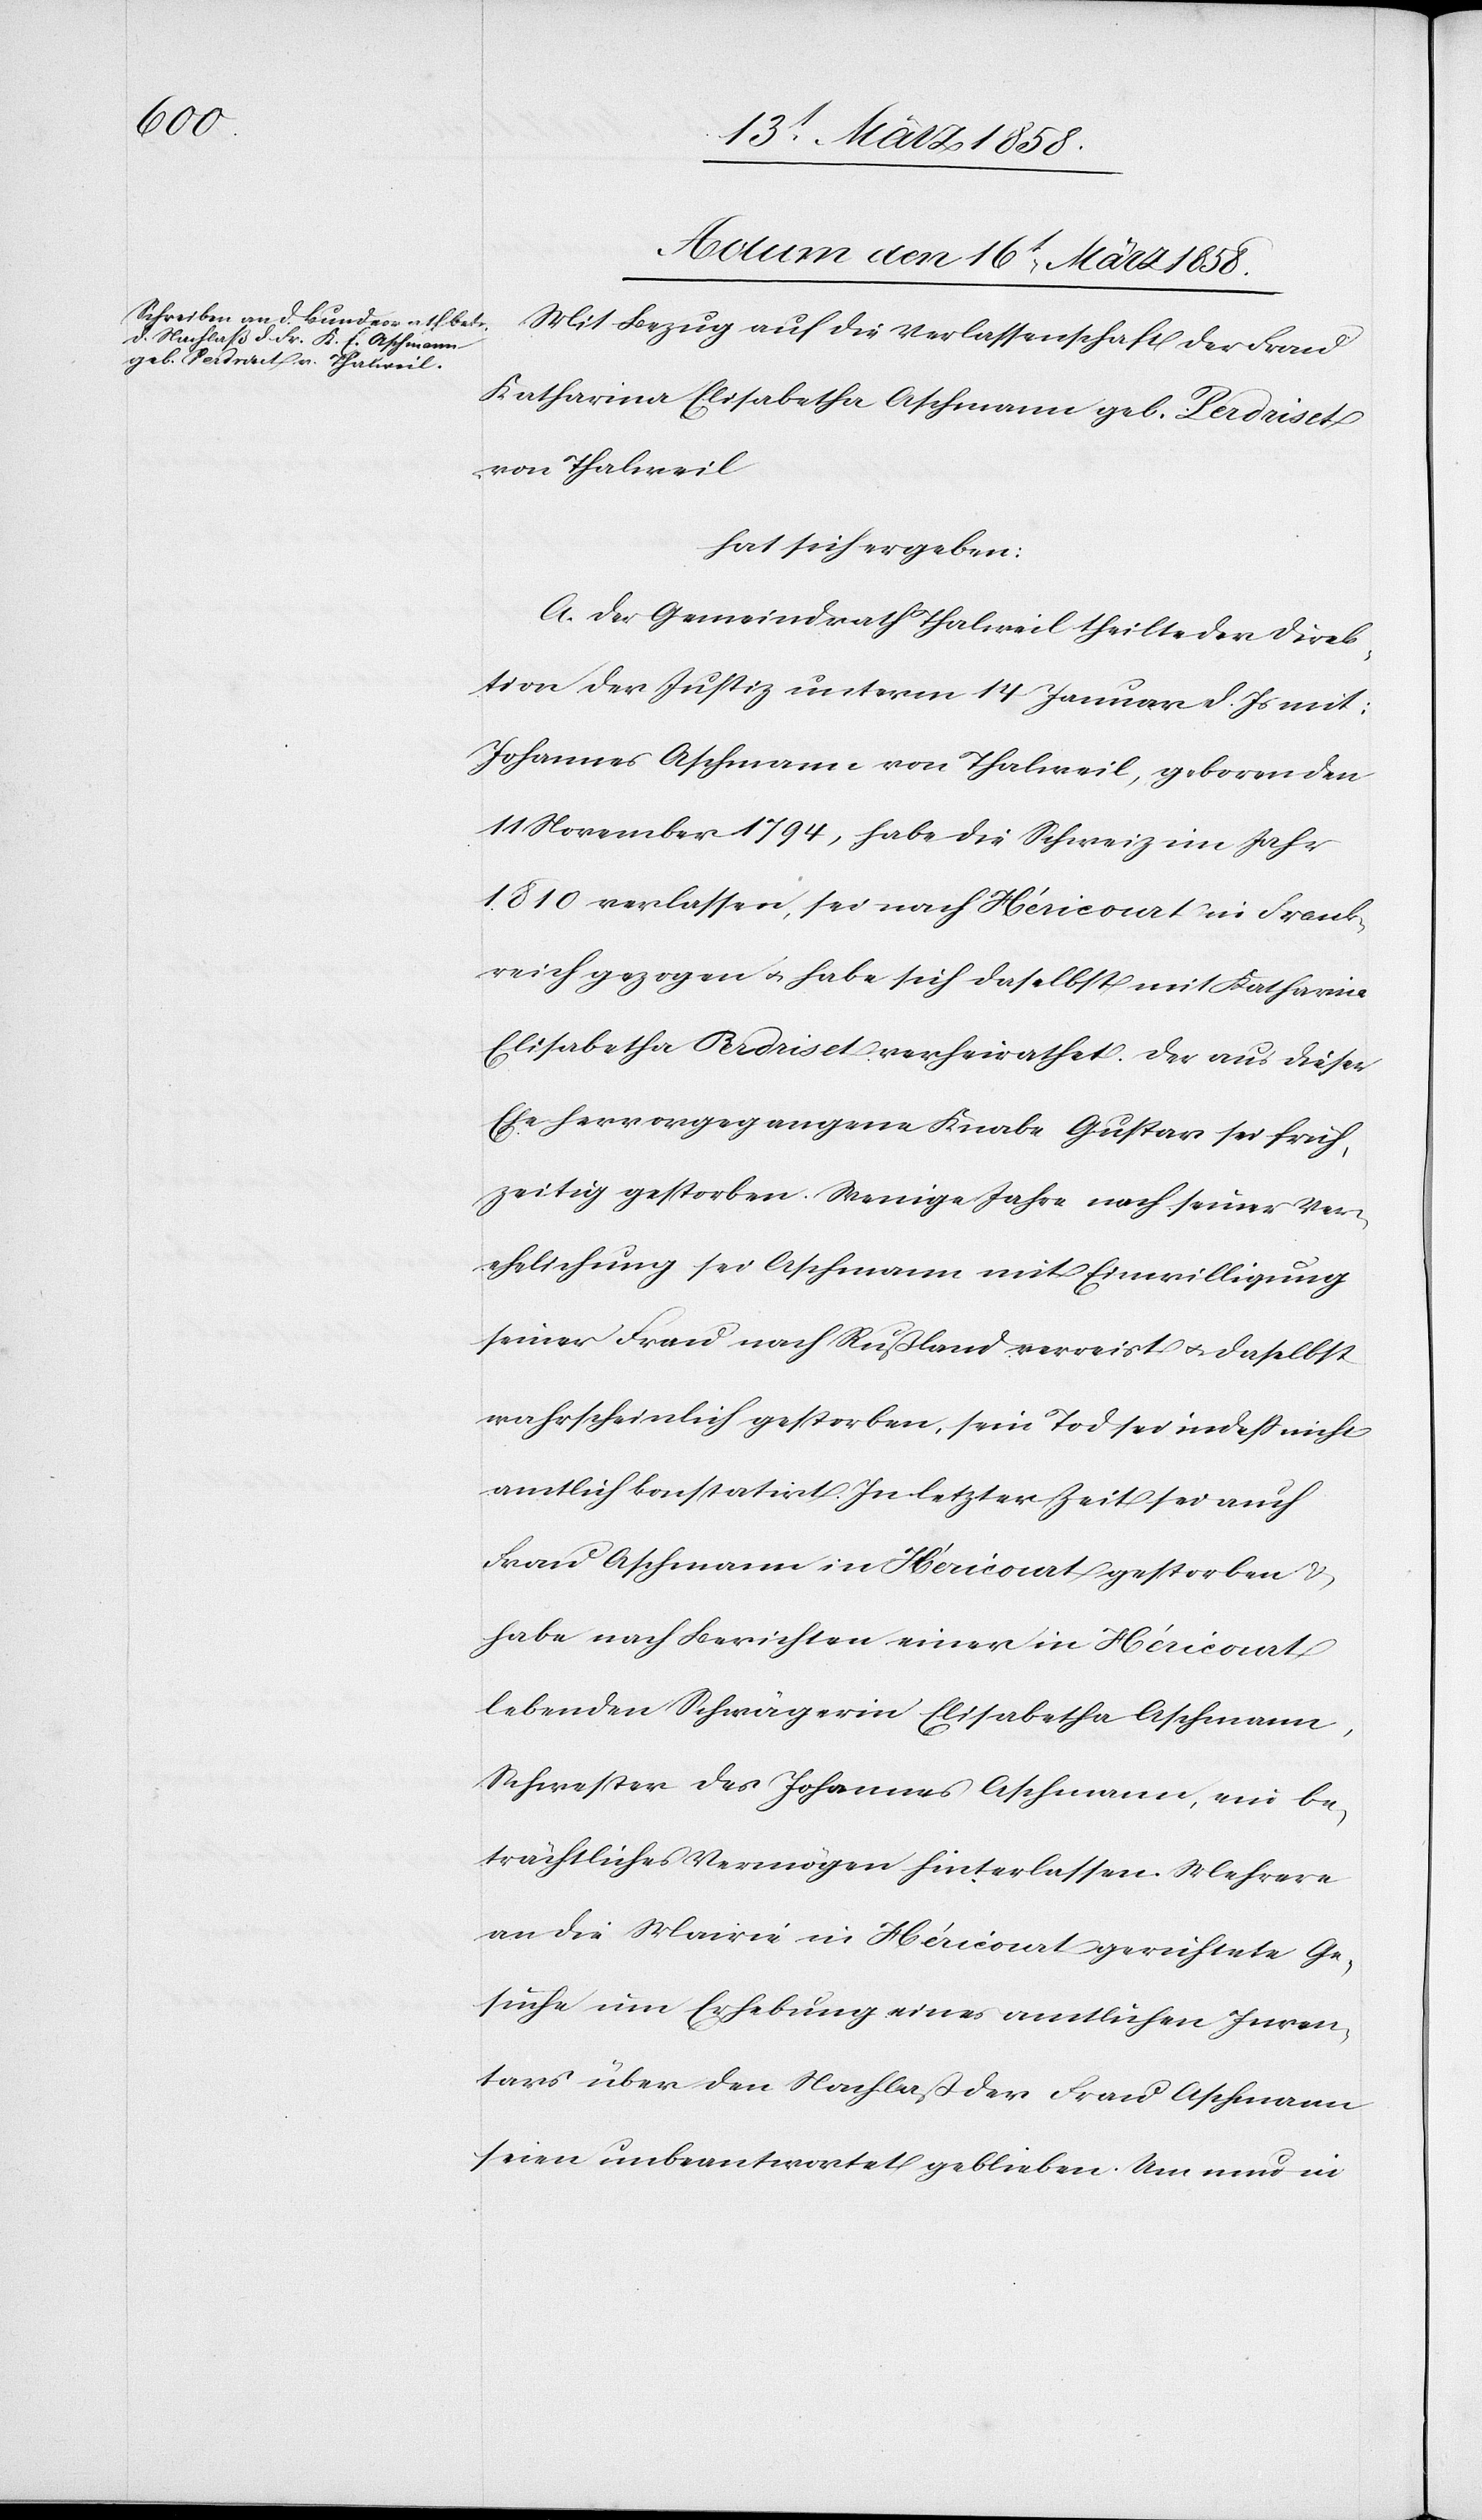
Actum den 16t März 1858.
Mit Bezug auf die Verlassenschaft der Frau
Katharina Elisabetha Aschmann geb. Perdriset
von Thalweil
hat sich ergeben:
A. Der Gemeindrath Thalweil theilt der Direk¬
tion der Justiz unterm 14. Januar d. Js. mit:
Johannes Aschmann von Thalweil, geboren den
11. November 1794, habe die Schweiz im Jahr
1810 verlassen, sei nach Héricourt in Frank¬
reich gezogen u. habe sich daselbst mit Katharina
Elisabetha Perdriset verheirathet. Der aus dieser
Ehe hervorgegangene Knabe Gustav sei früh¬
zeitig gestorben. Wenige Tage nach seiner Ver¬
ehelichung sei Aschmann mit Einwilligung
seiner Frau nach Rußland verreist u. daselbst
wahrscheinlich gestorben, sein Tod sei indeß nicht
amtlich konstatirt. In letzter Zeit sei auch
Frau Aschmann in Héricourt gestorben u.
habe nach Berichten einer in Héricourt
lebenden Schwägerin Elisabetha Aschmann,
Schwester des Johannes Aschmann, ein be¬
trächtliches Vermögen hinterlassen. Mehrere
an die Mairie in Héricourt gerichtete Ge¬
suche um Erhebung eines amtlichen Inven¬
tars über den Nachlaß der Frau Aschmann
seine unbeantwortet geblieben. Um nun in